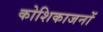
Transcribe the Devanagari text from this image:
कोशिकाजनों